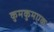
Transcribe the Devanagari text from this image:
कुमकुमएक